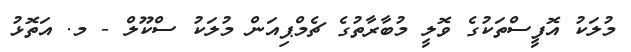
މުލަކު އޮފީސްތަކުގެ ވޮލީ މުބާރާތުގެ ޗެމްޕިއަން މުލަކު ސްކޫލް - މ. އަތޮޅު